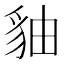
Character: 𧲹